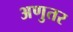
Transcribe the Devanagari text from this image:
अणुतर